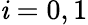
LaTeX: \mathit{i}=0,1